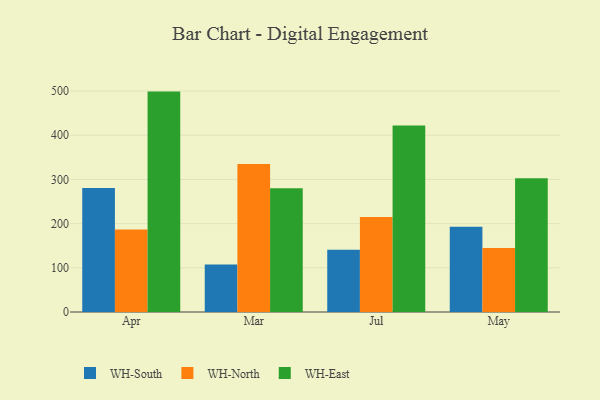
{"axis": {"x": "Month", "y": "Revenue (USD Million)"}, "legend": ["WH-East", "WH-North", "WH-South"], "data": [{"x": "Apr", "y": 280.8, "type": "WH-South"}, {"x": "Apr", "y": 186.9, "type": "WH-North"}, {"x": "Apr", "y": 498.8, "type": "WH-East"}, {"x": "Mar", "y": 107.6, "type": "WH-South"}, {"x": "Mar", "y": 334.9, "type": "WH-North"}, {"x": "Mar", "y": 280.1, "type": "WH-East"}, {"x": "Jul", "y": 140.9, "type": "WH-South"}, {"x": "Jul", "y": 214.9, "type": "WH-North"}, {"x": "Jul", "y": 421.8, "type": "WH-East"}, {"x": "May", "y": 192.8, "type": "WH-South"}, {"x": "May", "y": 144.7, "type": "WH-North"}, {"x": "May", "y": 302.5, "type": "WH-East"}]}